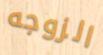
الزوجه